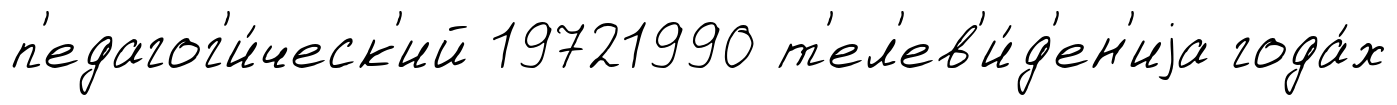
п'едагог'и́ческ'ий 19721990 т'ел'ев'и́д'ен'иjа года́х